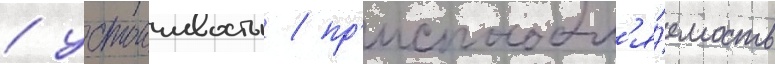
/ устоичивость / пр'испособл'я́емость